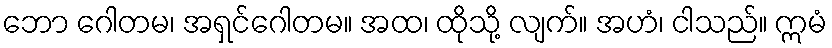
ဘော ဂေါတမ၊ အရှင်ဂေါတမ။ အထ၊ ထိုသို့ လျက်။ အဟံ၊ ငါသည်။ ဣမံ